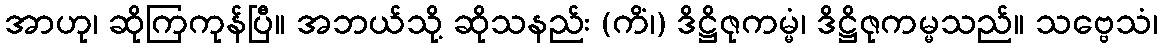
အာဟု၊ ဆိုကြကုန်ပြီ။ အဘယ်သို့ ဆိုသနည်း (ကိံ၊) ဒိဋ္ဌိဇုကမ္မံ၊ ဒိဋ္ဌိဇုကမ္မသည်။ သဗ္ဗေသံ၊